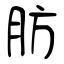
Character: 肪